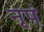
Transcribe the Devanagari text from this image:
नृपं